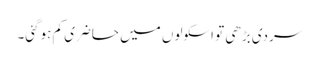
سردی بڑھی تو اسکولوں میں حاضری کم ہوگئی۔